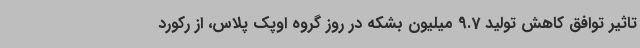
تاثیر توافق کاهش تولید 9.7 میلیون بشکه در روز گروه اوپک پلاس، از رکورد